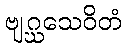
ဗျဂ္ဃသေဝိတံ